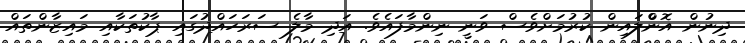
ދިނުން އޮންްލައިން ކުރުމަށްވެސް ވަނީ ނިންމާފައެވެ. އަދި މާލެ ސަރަހައްދުގައި ޕާކުތަކާއި މައިޒާންތައް